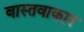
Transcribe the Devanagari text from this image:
वास्तवाकार